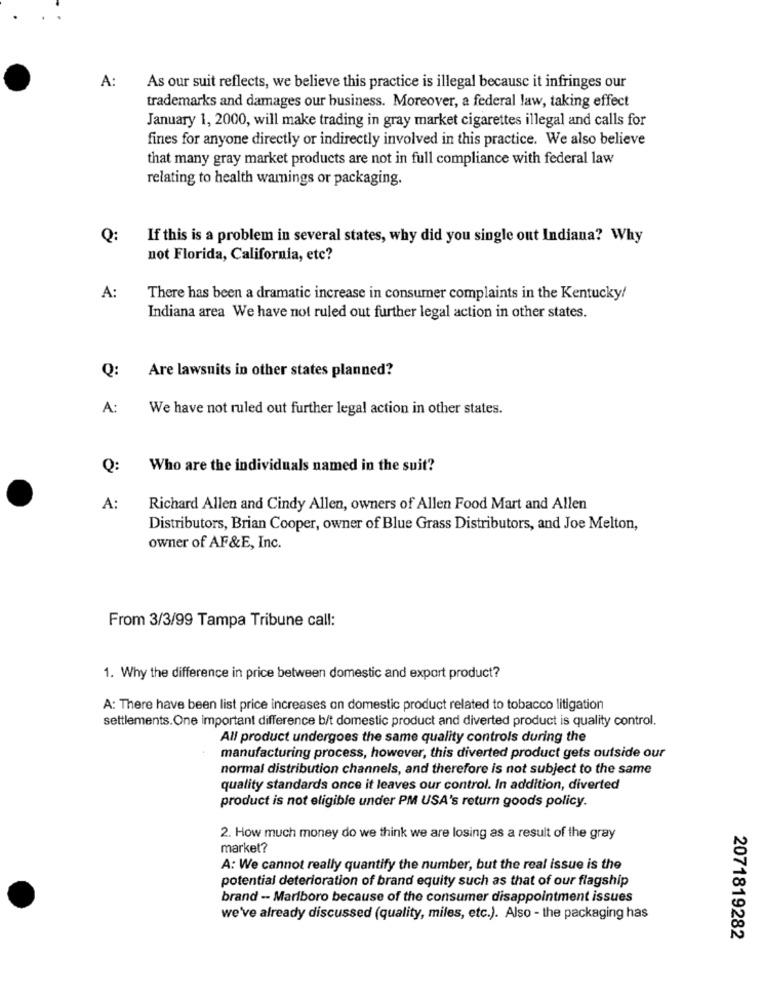
A:
As our suit reflects, we believe this practice is illegal because it infringes our
trademarks and damages our business. Moreover, a federal law, taking effect
January 1, 2000, will make trading in gray market cigarettes illegal and calls for
fines for anyone directly or indirectly involved in this practice. We also believe
that many gray market products are not in full compliance with federal law
relating to health warnings or packaging.
Q:
If this is a problem in several states, why did you single out Indiana? Why
not Florida, California, etc?
A:
There has been a dramatic increase in consumer complaints in the Kentucky!
Indiana area We have not ruled out further legal action in other states.
Are lawsuits in other states planned?
Q:
A:
We have not ruled out further legal action in other states.
Q:
Who are the individuals named in the suit?
A:
Richard Allen and Cindy Allen, owners of Allen Food Mart and Allen
Distributors, Brian Cooper, owner of Blue Grass Distributors, and Joe Melton,
owner of AF&E, Inc.
From 3/3/99 Tampa Tribune call:
1. Why the difference in price between domestic and export product?
A: There have been list price increases on domestic product related to tobacco litigation
settlements.One important difference bit domestic product and diverted product is quality control.
All product undergoes the same quality controls during the
manufacturing process, however, this diverted product gets outside our
normal distribution channels, and therefore is not subject to the same
quality standards once it leaves our control. In addition, diverted
product is not eligible under PM USA's return goods policy.
2. How much money do we think we are losing as a result of the gray
market?
A: We cannot really quantify the number, but the real issue is the
potential deterioration of brand equity such as that of our flagship
brand - Marlboro because of the consumer disappointment issues
we've already discussed (quality, miles, etc.). Also - the packaging has
2071819282